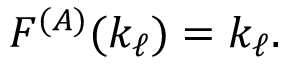
\begin{array} { r } { F ^ { ( A ) } ( k _ { \ell } ) = k _ { \ell } . } \end{array}